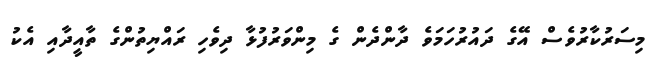
މިސަރުކާރުވެސް އޭގެ ދައުރުހަމަވެ ދާންދެން ގެ މިންވަރުފުޅާ ދިވެހި ރައްޔިތުންގެ ތާއީދާއި އެކު